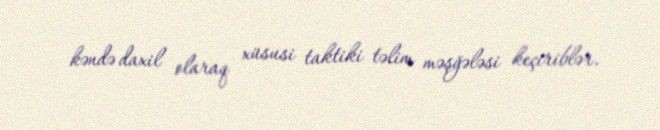
kəndə daxil olaraq xüsusi taktiki təlim məşğələsi keçiriblər.